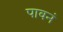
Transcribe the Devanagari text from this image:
पावनं